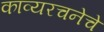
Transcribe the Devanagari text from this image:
काव्यरचनेचे